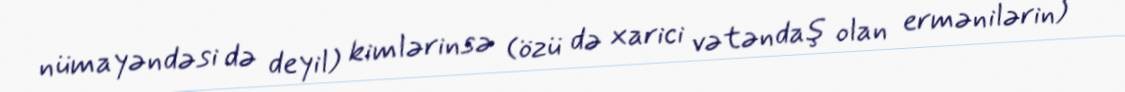
nümayəndəsi də deyil) kimlərinsə (özü də xarici vətəndaş olan ermənilərin)